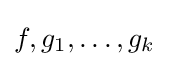
f,g_{1},\dots ,g_{k}